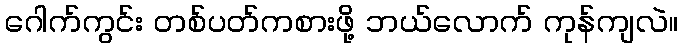
ဂေါက်ကွင်း တစ်ပတ်ကစားဖို့ ဘယ်လောက် ကုန်ကျလဲ။